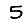
Digit: 5